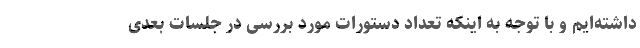
داشته‌ایم و با توجه به اینکه تعداد دستورات مورد بررسی در جلسات بعدی